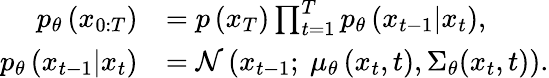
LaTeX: \begin{array}{rl}{p_{\theta}\left(x_{0:T}\right)}&{=p\left(x_{T}\right)\prod_{t=1}^{T}p_{\theta}\left(x_{t-1}|x_{t}\right),}\\ {p_{\theta}\left(x_{t-1}|x_{t}\right)}&{=\mathcal{N}\left(x_{t-1};\ \mu_{\theta}\left(x_{t},t\right),{{\Sigma}_{\theta}}({{x}_{t}},t)\right).}\end{array}